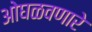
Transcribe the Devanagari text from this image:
ओघळवणारे